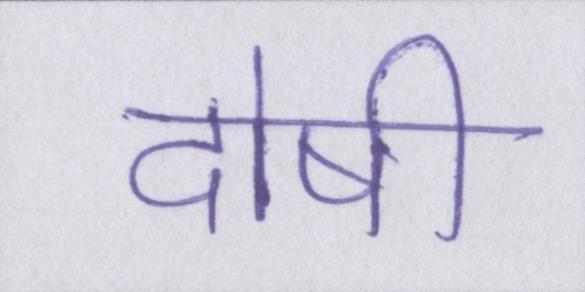
दोषी